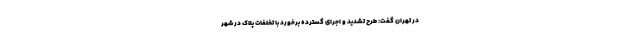
در تهران گفت: طرح تشدید و اجرای گسترده برخورد با تخلفات پلاک در شهر